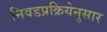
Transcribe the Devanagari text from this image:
निवडप्रक्रियेनुसार